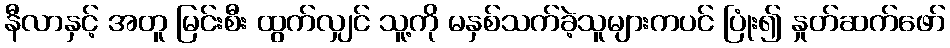
နီလာနှင့် အတူ မြင်းစီး ထွက်လျှင် သူ့ကို မနှစ်သက်ခဲ့သူများကပင် ပြုံး၍ နှုတ်ဆက်ဖော်